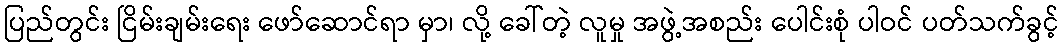
ပြည်တွင်း ငြိမ်းချမ်းရေး ဖော်ဆောင်ရာ မှာ၊ လို့ ခေါ်တဲ့ လူမှု အဖွဲ့အစည်း ပေါင်းစုံ ပါဝင် ပတ်သက်ခွင့်